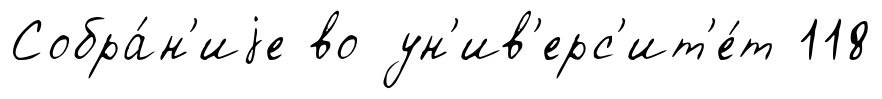
Собра́н'иjе во ун'ив'ерс'ит'е́т 118